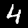
Digit: 4